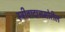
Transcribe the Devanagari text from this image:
स्त्रीवादासमोरील